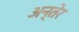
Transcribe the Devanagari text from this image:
अन्तेर